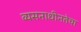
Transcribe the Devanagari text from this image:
व्यसनाधीनतेचा